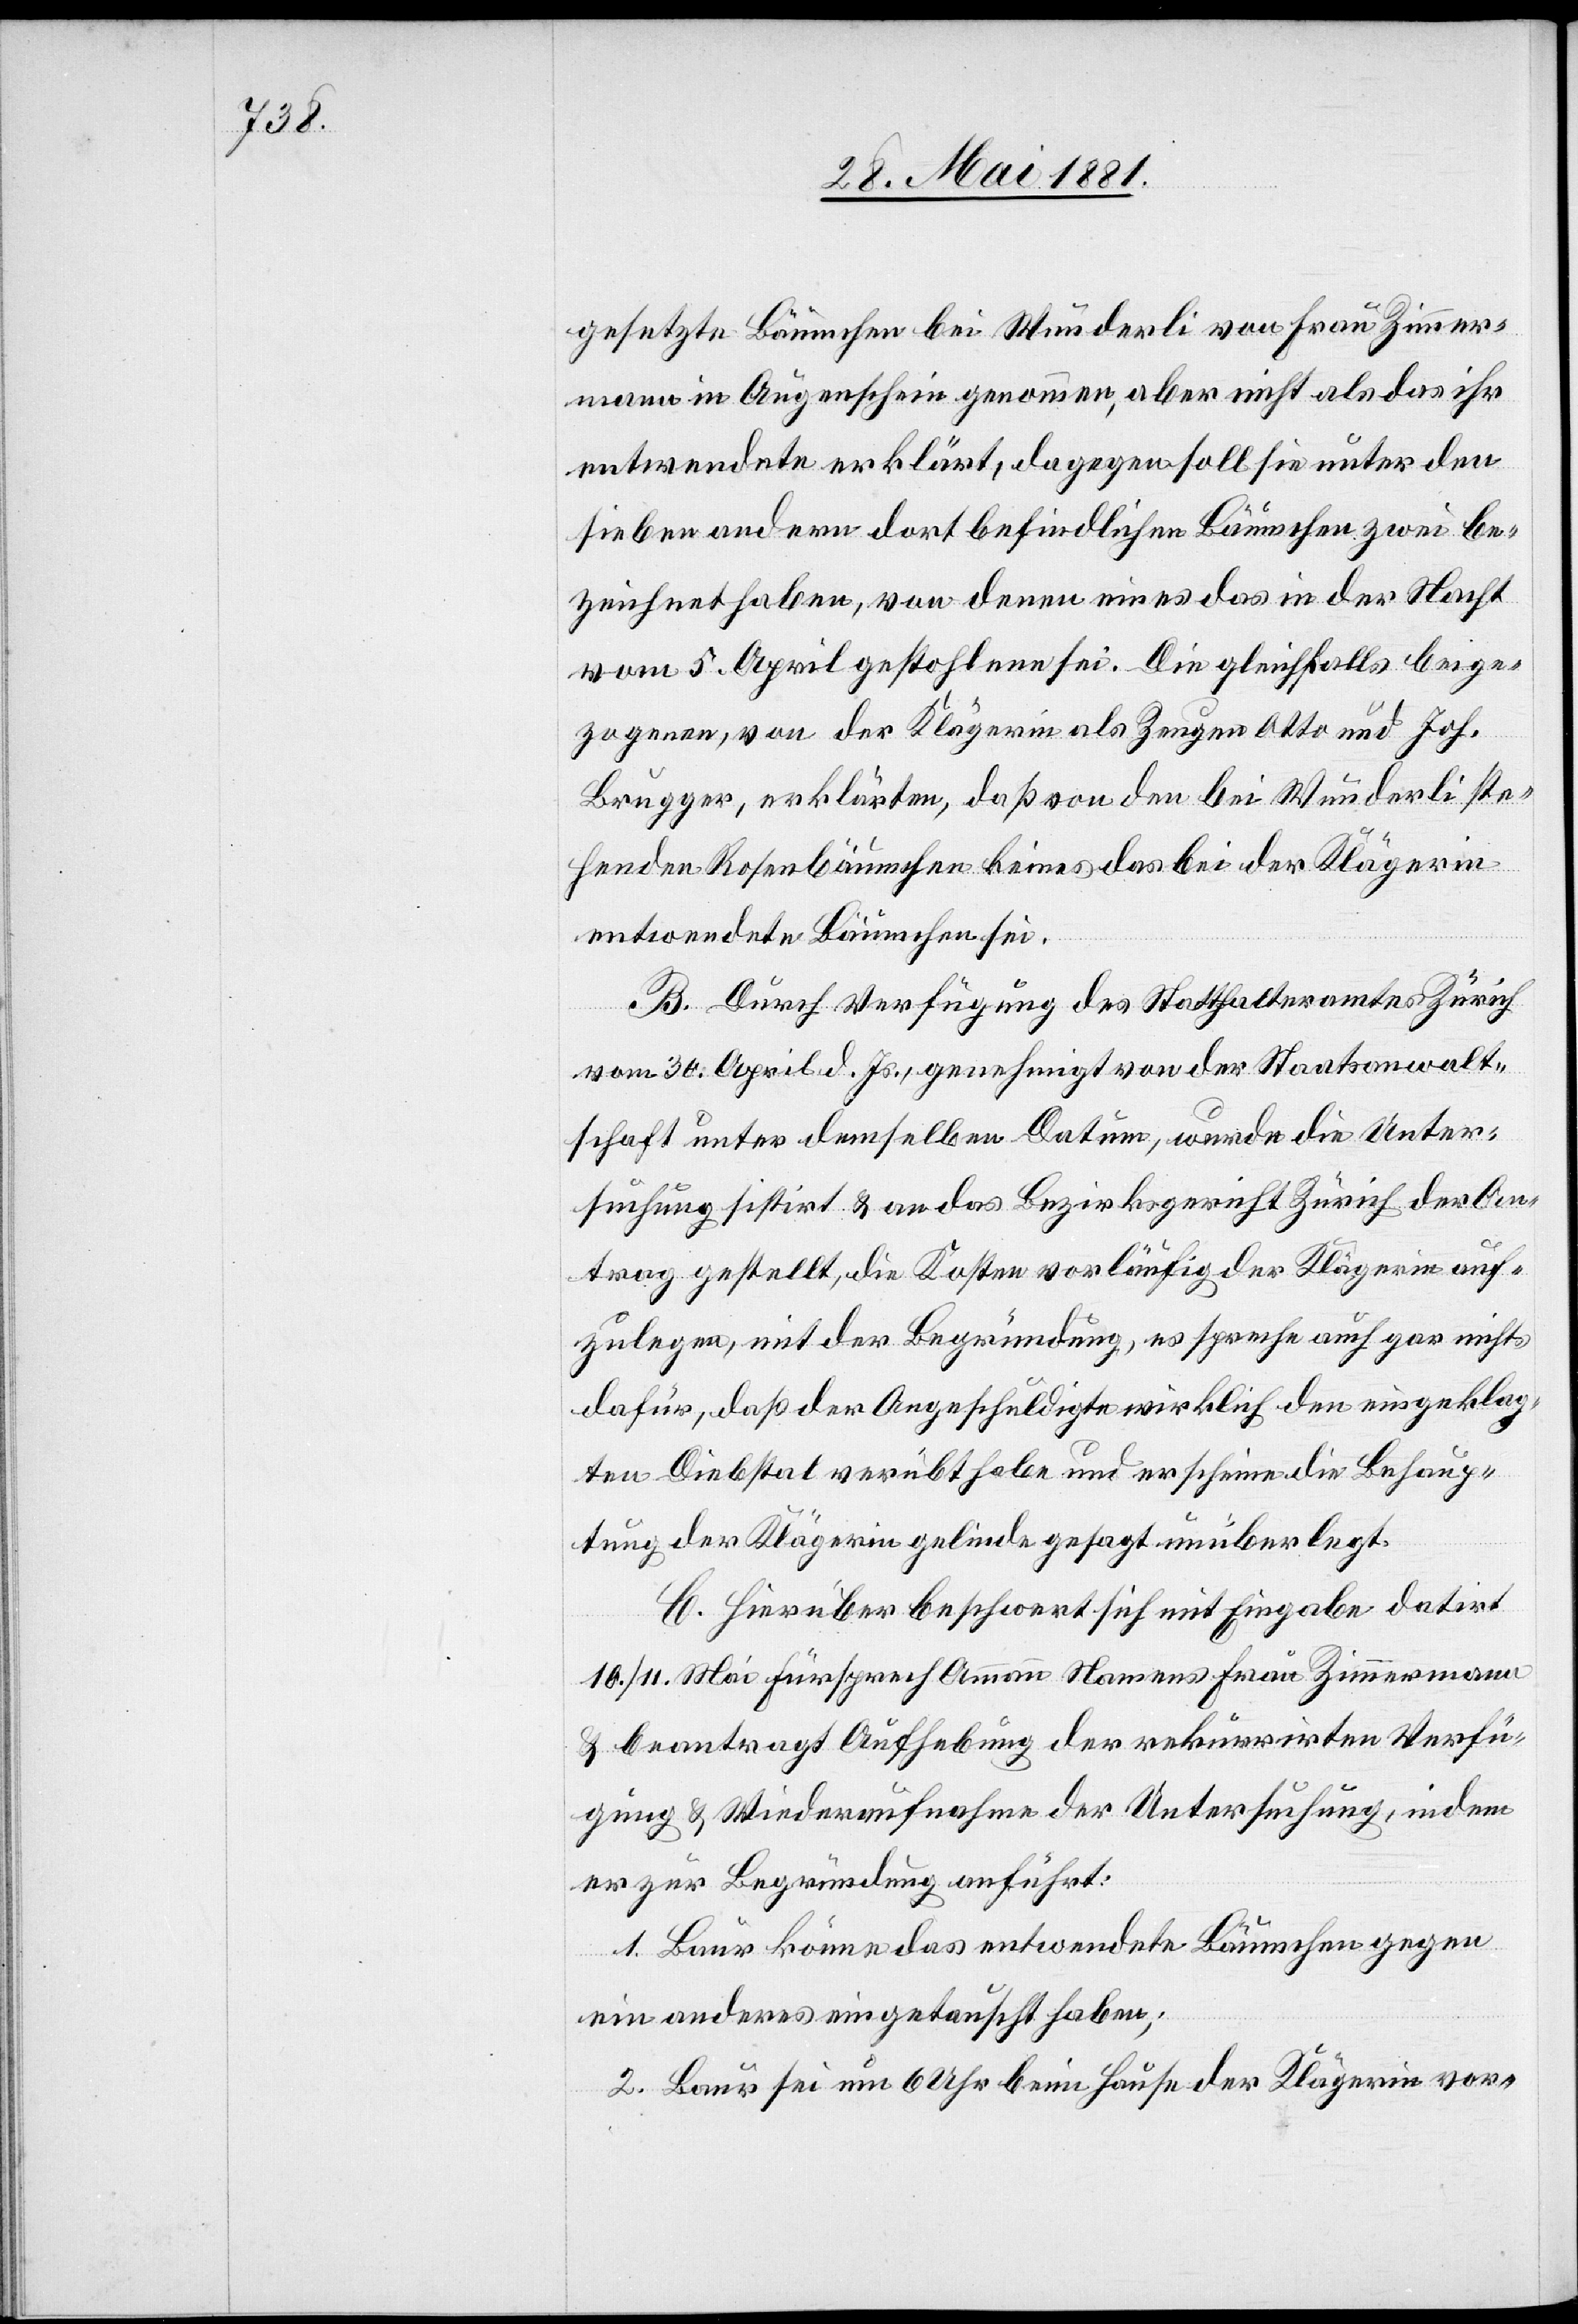
gesetzte Bäumchen bei Wunderli von Frau Zimmer¬
mann in Augenschein genommen, aber nicht als das ihr
entwendete erklärt, dagegen soll sie unter den
sieben andern dort befindlichen Bäumchen zwei be¬
zeichnet haben, von denen eines das in der Nacht
vom 5. April gestohlene sei. Die gleichfalls beige¬
zogenen, von der Klägerin als Zeugen Otto und Joh.
Brugger, erklärten, daß von den bei Wunderli ste¬
henden Rosenbäumchen keines das bei der Klägerin
entwendete Bäumchen sei.
B. Durch Verfügung des Statthalteramtes Zürich
vom 30 April d. Js., genehmigt von der Staatsanwalt¬
schaft unter demselben Datum, wurde die Unter¬
suchung sistirt & das Bezirksgericht Zürich der An¬
trag gestellt, die Kosten vorläufig der Klägerin auf¬
zulegen, mit der Begründung, es spreche auch gar nichts
dafür, daß der Angeschuldigte wirklich den eingeklag¬
ten Diebstal verübt habe und erscheine die Behaup¬
tung der Klägerin gelinde gesagt unüberlegt.
C. Hierüber beschwert sich mit Eingabe datirt
10./11. Mai Fürsprech Ammann Namens Frau Zimmermann
& beantragt Aufhebung der rekurrirten Verfü¬
gung & Wiederaufnahme der Untersuchung, indem
er zur Begründung ausführt:
1. Baur könne das entwendete Bäumchen gegen
ein anderes eingetauscht haben;
2. Baur sei um 6 Uhr beim Hause der Klägerin vor-